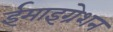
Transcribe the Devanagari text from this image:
ईमाइग्रेशन